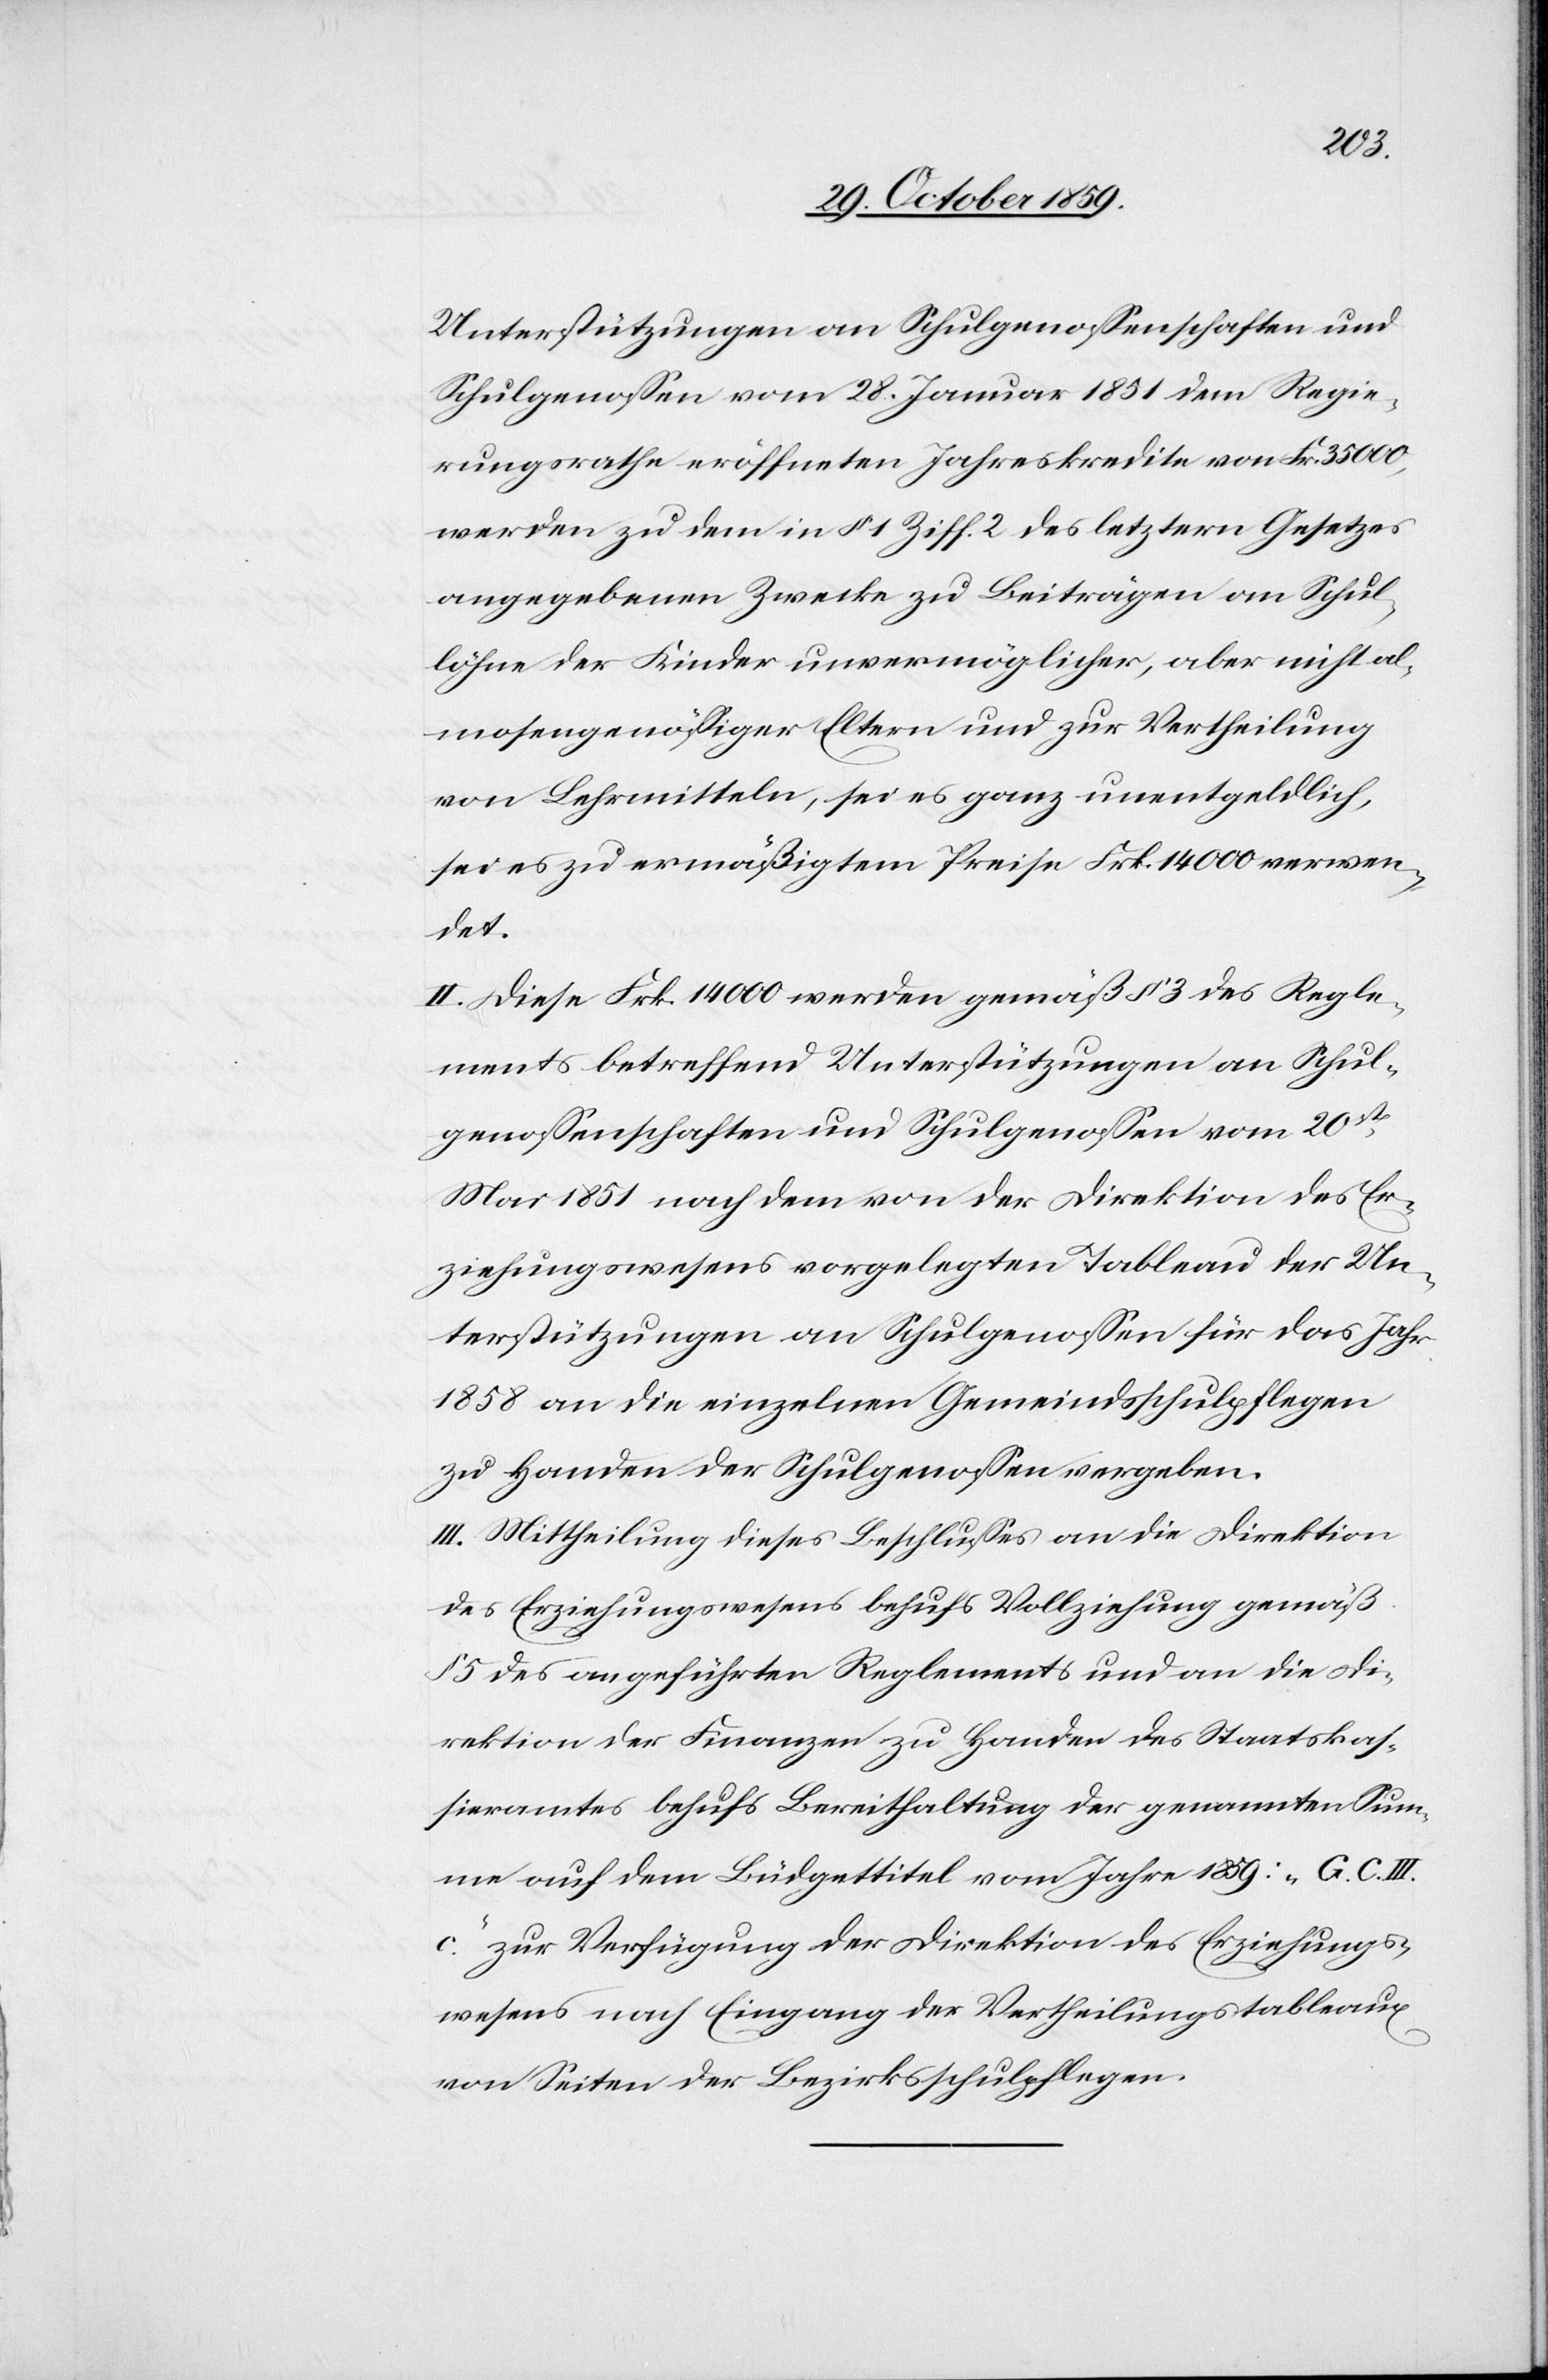
Unterstützungen an Schulgenossenschaften und
Schulgenossen vom 28. Januar 1851 dem Regie¬
rungsrathe eröffneten Jahreskredite von Frk. 35,000,
werden zu dem in § 1 Ziff. 2 des letztern Gesetzes
angegebenen Zwecke zu Beiträgen an Schul¬
löhne der Kinder unvermöglicher, aber nicht al¬
mosengenössiger Eltern und zur Vertheilung
von Lehrmitteln, sei es ganz unentgeldlich,
sei es zu ermäßigten Preisen Frk. 14,000 verwen¬
det.
II. Diese Frk. 14,000 werden gemäß § 3 des Regle¬
ments betreffend Unterstützungen an Schul¬
genossenschaften und Schulgenossen vom 20ste
Mai 1851 nach dem von der Direktion des Er¬
ziehungswesens vorgelegten Tableau der Un¬
terstützungen an Schulgenossen für das Jahr
1858 an die einzelnen Gemeindsschulpflegen
zu Handen der Schulgenossen vergeben.
III. Mittheilung dieses Beschlusses an die Direktion
des Erziehungswesens behufs Vollziehung gemäß
§ 4 des angeführten Reglements und an die Di¬
rektion der Finanzen zu Handen des Staatskas¬
sieramtes behufs Bereithaltung der genannten Sum¬
me auf dem Büdgettitel vom Jahr 1859: „G. C. III.
c.“ zur Verfügung der Direktion des Erziehungs¬
wesens nach Eingang der Vertheilungstableaux
von Seiten der Beziksschulpflegen.